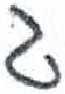
אות: ג